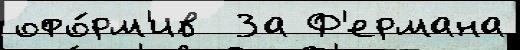
офо́рм'ив  За Ф'ермана